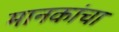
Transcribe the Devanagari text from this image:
मानकांचा